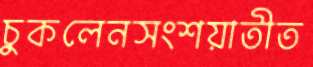
চুকলেনসংশয়াতীত